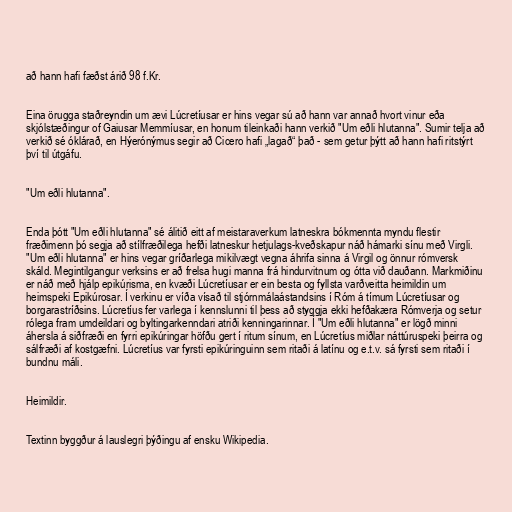
að hann hafi fæðst árið 98 f.Kr.

Eina örugga staðreyndin um ævi Lúcretíusar er hins vegar sú að hann var annað hvort vinur eða
skjólstæðingur of Gaiusar Memmíusar, en honum tileinkaði hann verkið "Um eðli hlutanna". Sumir telja að
verkið sé óklárað, en Hýerónýmus segir að Cicero hafi „lagað“ það - sem getur þýtt að hann hafi ritstýrt
því til útgáfu.

"Um eðli hlutanna".

Enda þótt "Um eðli hlutanna" sé álitið eitt af meistaraverkum latneskra bókmennta myndu flestir
fræðimenn þó segja að stílfræðilega hefði latneskur hetjulags-kveðskapur náð hámarki sínu með Virgli.
"Um eðli hlutanna" er hins vegar gríðarlega mikilvægt vegna áhrifa sinna á Virgil og önnur rómversk
skáld. Megintilgangur verksins er að frelsa hugi manna frá hindurvitnum og ótta við dauðann. Markmiðinu
er náð með hjálp epikúrisma, en kvæði Lúcretíusar er ein besta og fyllsta varðveitta heimildin um
heimspeki Epikúrosar. Í verkinu er víða vísað til stjórnmálaástandsins í Róm á tímum Lúcretíusar og
borgarastríðsins. Lúcretíus fer varlega í kennslunni til þess að styggja ekki hefðakæra Rómverja og setur
rólega fram umdeildari og byltingarkenndari atriði kenningarinnar. Í "Um eðli hlutanna" er lögð minni
áhersla á siðfræði en fyrri epikúringar höfðu gert í ritum sínum, en Lúcretíus miðlar náttúruspeki þeirra og
sálfræði af kostgæfni. Lúcretíus var fyrsti epikúringuinn sem ritaði á latínu og e.t.v. sá fyrsti sem ritaði í
bundnu máli.

Heimildir.

Textinn byggður á lauslegri þýðingu af ensku Wikipedia.